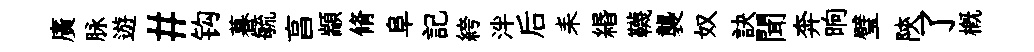
廣脉遊#钩暮毓亯顓脩阜記絝泮后耒緡韈襲奴訣聞奔晌璧陝了概